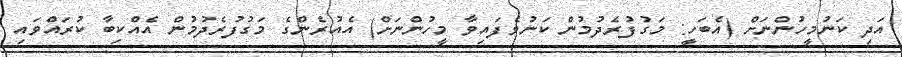
އަދި ކަނުމީހުންނަށް (އެބަހީ: މަގުފުރެދުމުން ކަނުވެފައިވާ މީހުންނަށް) އެއުރެންގެ މަގުފުރެދުމުން އެއްކިބާ ކުރައްވައި